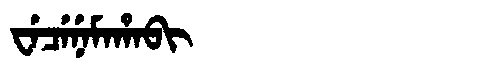
Manchu: ᠸᡝᠴᡝᠨᡝᠮᠠᡥᠠᠪᡳ
Romanization: WECENEMAHABI